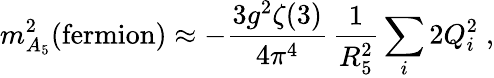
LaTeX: m_{A_{5}}^{2}(\mathrm{fermion})\approx-\frac{3g^{2}\zeta(3)}{4\pi^{4}}\, \frac{1}{R_{5}^{2}}\sum_{i}2Q_{i}^{2}\; ,